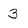
Character: 3